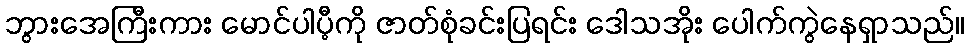
ဘွားအေကြီးကား မောင်ပါပီ့ကို ဇာတ်စုံခင်းပြရင်း ဒေါသအိုး ပေါက်ကွဲနေရှာသည်။